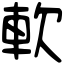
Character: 軟